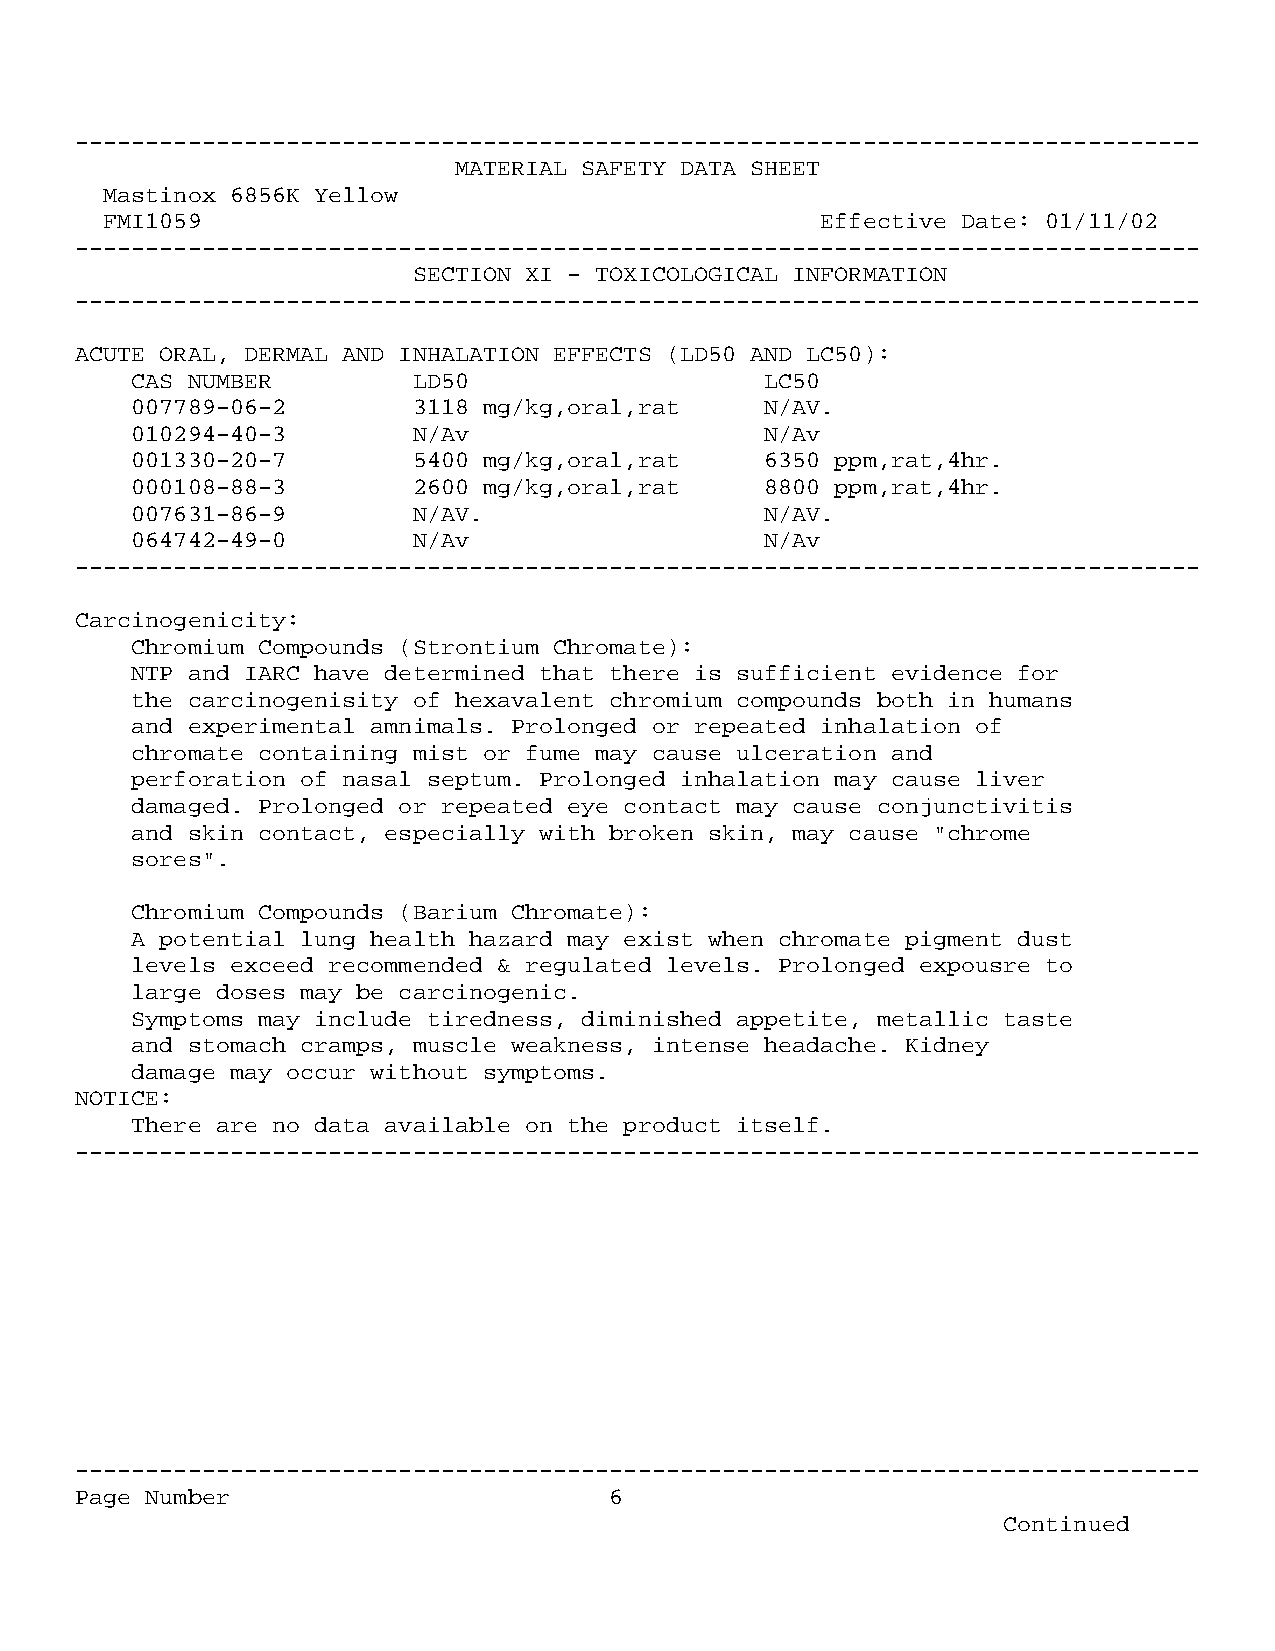
--------------------------------------------------------------------------------
 MATERIAL SAFETY DATA SHEET
 Mastinox 6856K Yellow
 FMI1059                                        Effective Date: 01/11/02
 --------------------------------------------------------------------------------
 SECTION XI - TOXICOLOGICAL INFORMATION
 --------------------------------------------------------------------------------
 ACUTE ORAL, DERMAL AND INHALATION EFFECTS (LD50 AND LC50):
 CAS NUMBER        LD50                    LC50
 007789-06-2       3118 mg/kg,oral,rat     N/AV.
 010294-40-3       N/Av                    N/Av
 001330-20-7       5400 mg/kg,oral,rat     6350 ppm,rat,4hr.
 000108-88-3       2600 mg/kg,oral,rat     8800 ppm,rat,4hr.
 007631-86-9       N/AV.                   N/AV.
 064742-49-0       N/Av                    N/Av
 --------------------------------------------------------------------------------
 Carcinogenicity:
 Chromium Compounds (Strontium Chromate):
 NTP and IARC have determined that there is sufficient evidence for
 the carcinogenisity of hexavalent chromium compounds both in humans
 and experimental amnimals. Prolonged or repeated inhalation of
 chromate containing mist or fume may cause ulceration and
 perforation of nasal septum. Prolonged inhalation may cause liver
 damaged. Prolonged or repeated eye contact may cause conjunctivitis
 and skin contact, especially with broken skin, may cause "chrome
 sores".
 Chromium Compounds (Barium Chromate):
 A potential lung health hazard may exist when chromate pigment dust
 levels exceed recommended & regulated levels. Prolonged expousre to
 large doses may be carcinogenic.
 Symptoms may include tiredness, diminished appetite, metallic taste
 and stomach cramps, muscle weakness, intense headache. Kidney
 damage may occur without symptoms.
 NOTICE:
 There are no data available on the product itself.
 --------------------------------------------------------------------------------
 --------------------------------------------------------------------------------
 Page Number                        6
 Continued